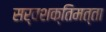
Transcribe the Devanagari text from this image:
सर्वशक्तिमत्ता